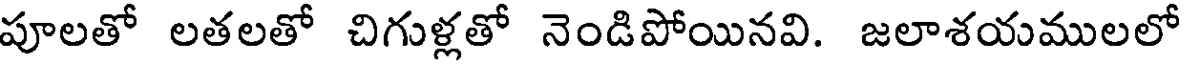
పూలతో లతలతో చిగుళ్లతో నెండిపోయినవి. జలాశయములలో